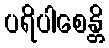
ပရိပါစေန္တိ